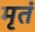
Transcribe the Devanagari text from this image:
मृतं